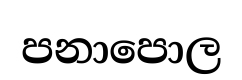
පනාපොල